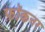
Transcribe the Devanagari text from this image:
फ़ॉकनर